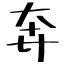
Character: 奔